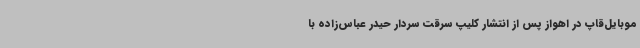
موبایل‌قاپ در اهواز پس از انتشار کلیپ سرقت سردار حیدر عباس‌زاده با